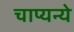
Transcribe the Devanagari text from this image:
चाप्यन्ये